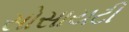
સોસાયટી